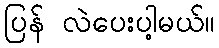
ပြန် လဲပေးပါ့မယ်။